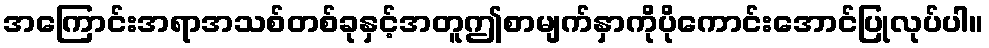
အကြောင်းအရာအသစ်တစ်ခုနှင့်အတူဤစာမျက်နှာကိုပိုကောင်းအောင်ပြုလုပ်ပါ။